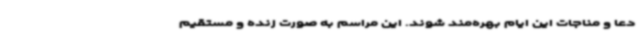
دعا و مناجات این ایام بهره‌مند شوند. این مراسم به صورت زنده و مستقیم